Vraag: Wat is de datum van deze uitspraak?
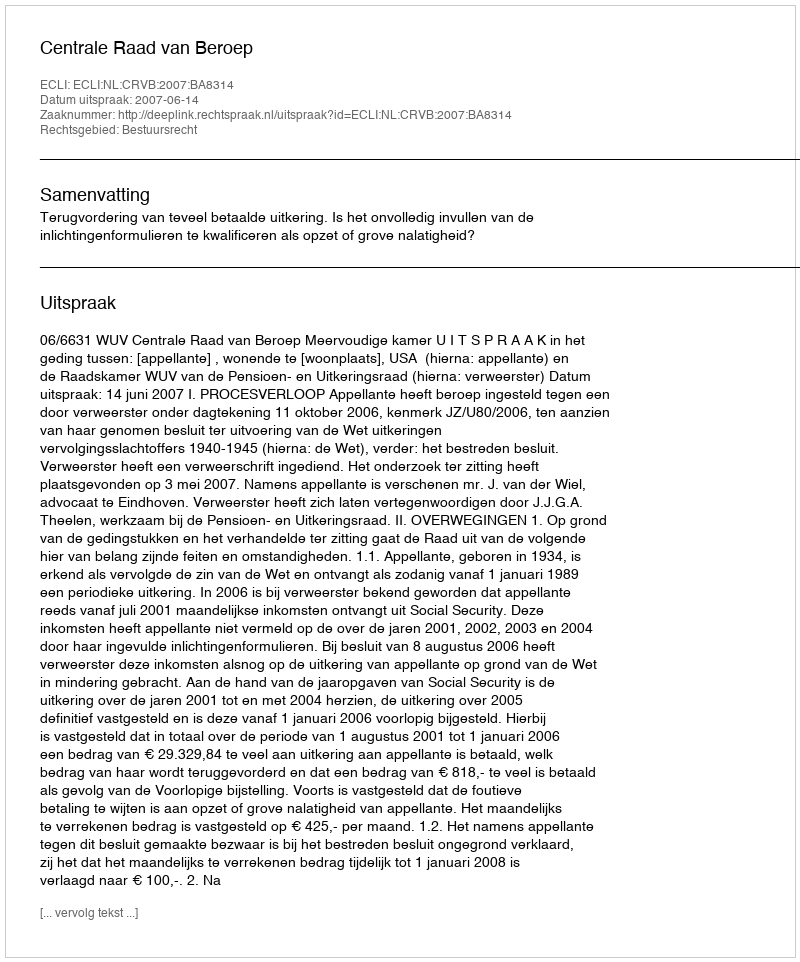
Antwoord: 2007-06-14